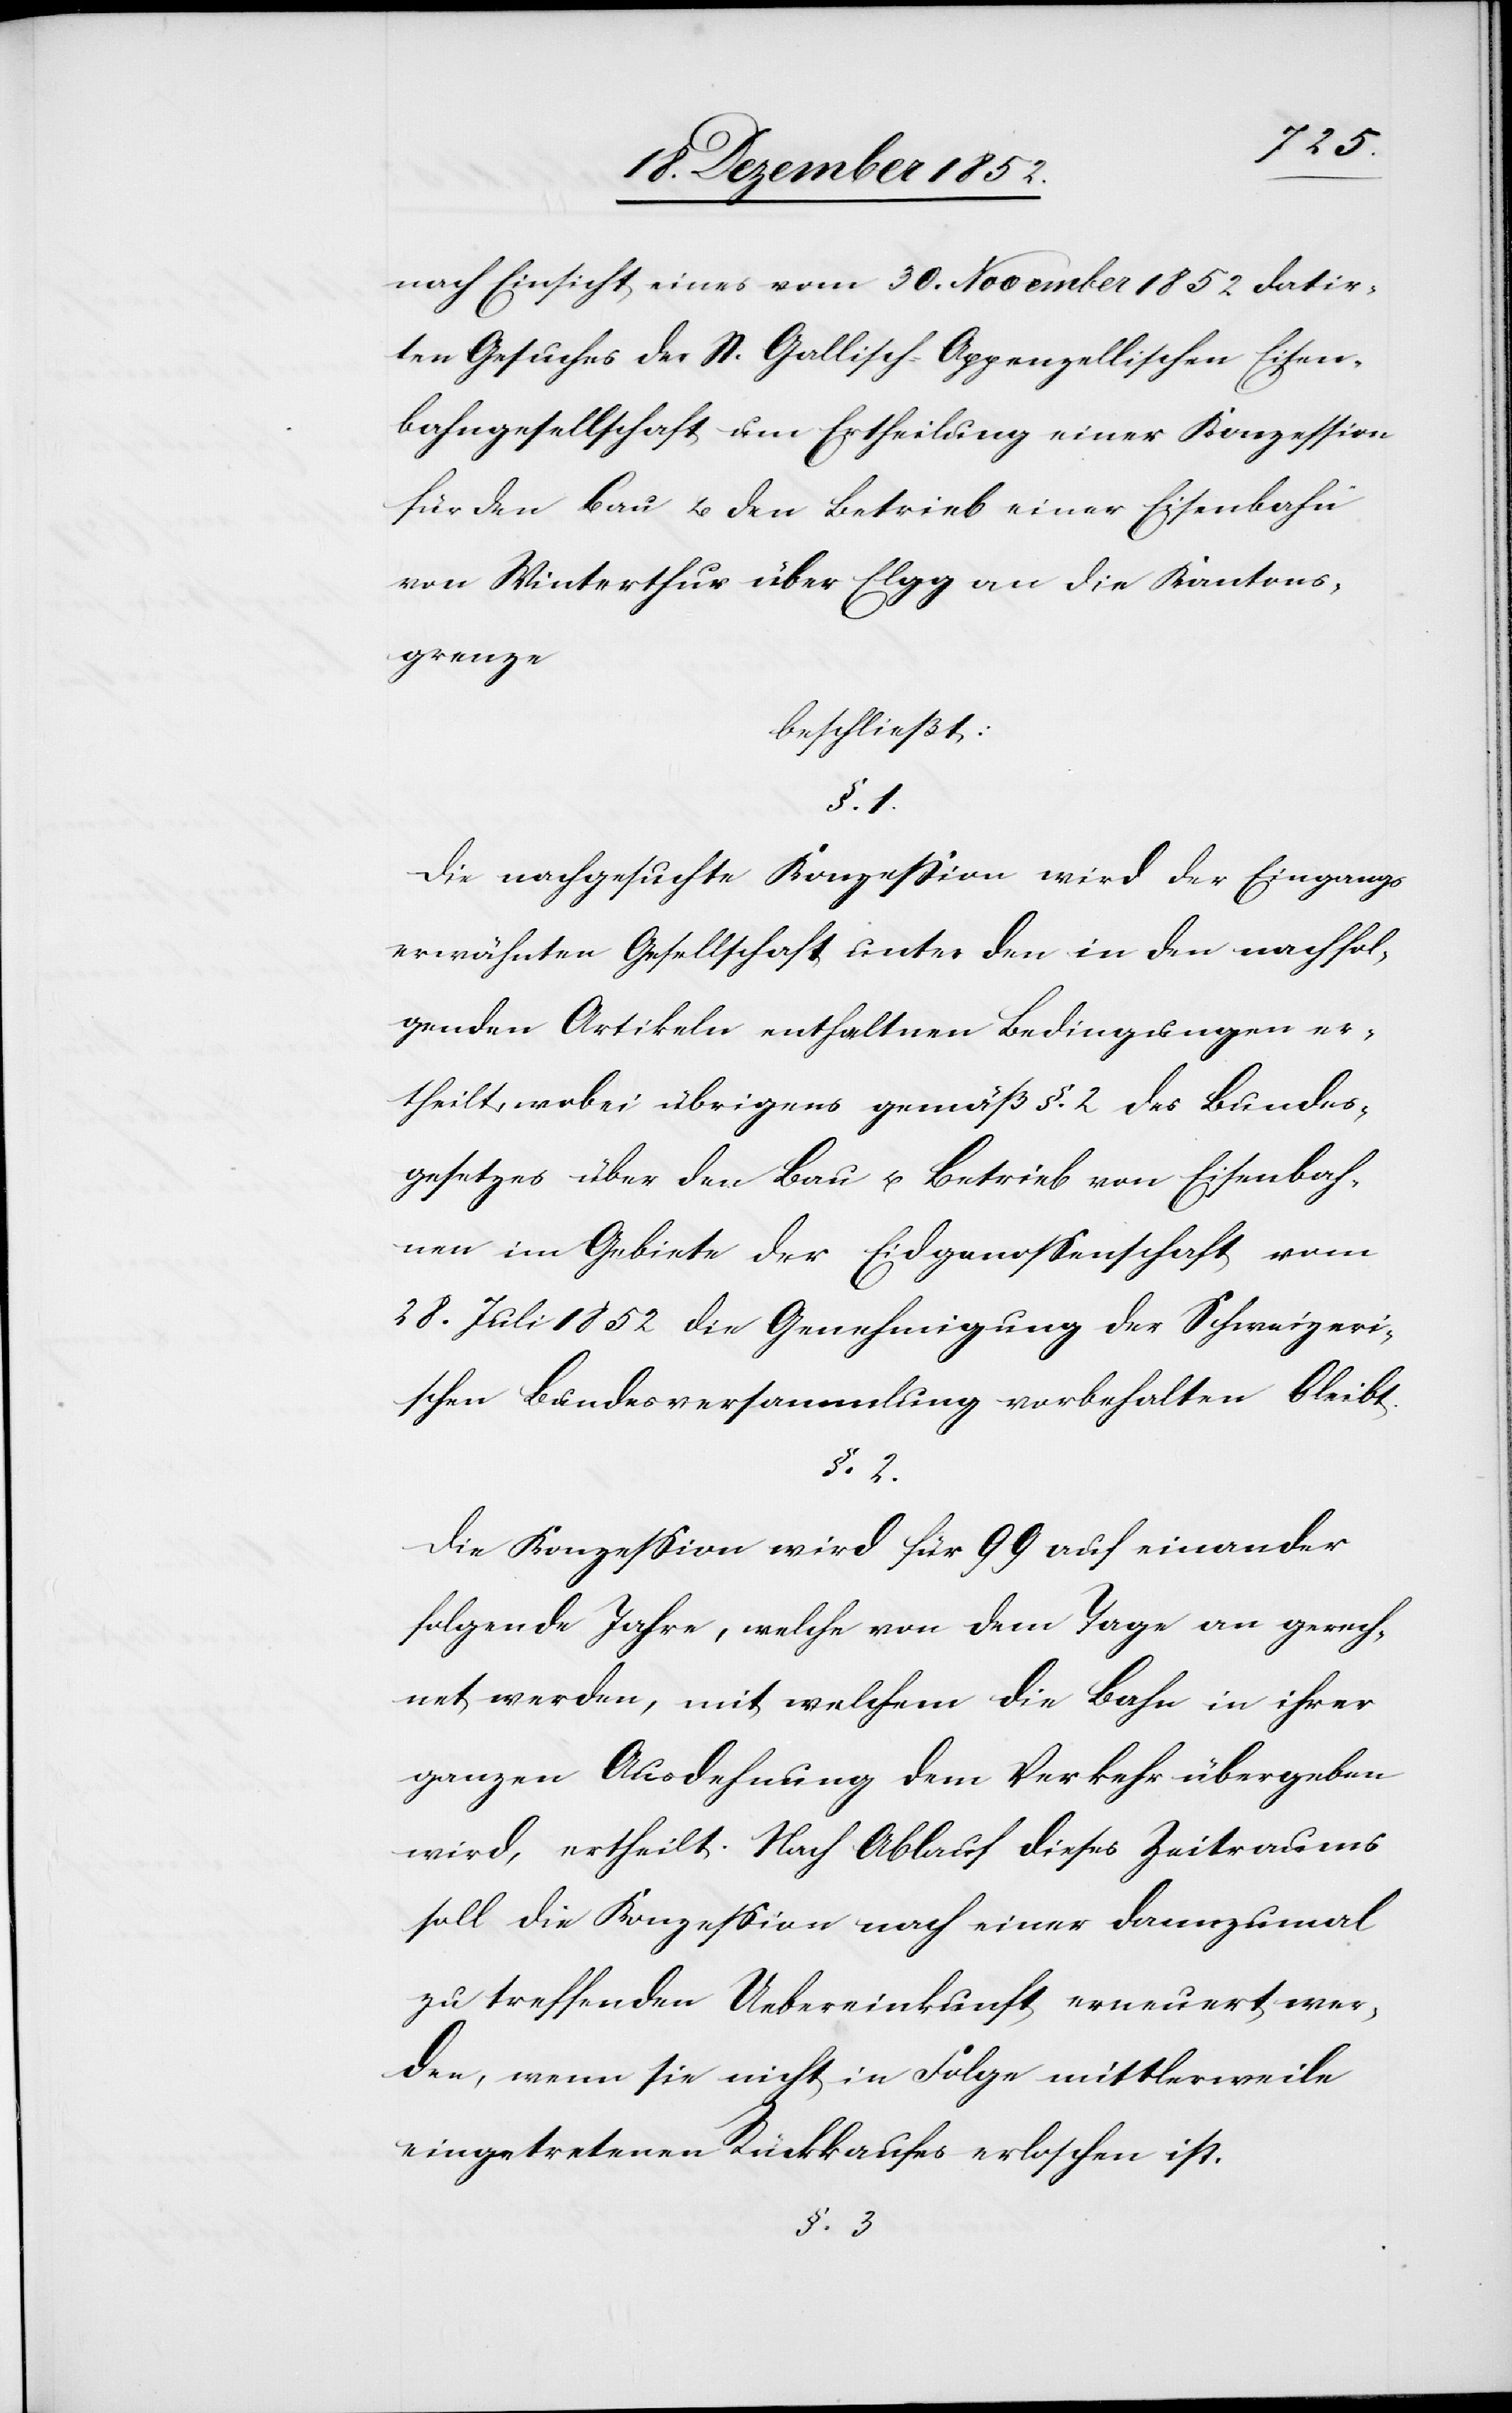
nach Einsicht eines vom 30. November 1852 datir¬
ten Gesuches der St. Gallisch-Appenzellischen Eisen¬
bahngesellschaft um Ertheilung einer Konzession
für den Bau u. den Betrieb einer Eisenbahn
von Winterthur über Elgg an die Kantons¬
grenze
beschließt:
§. 1.
Die nachgesuchte Konzession wird der Eingangs
erwähnten Gesellschaft unter den in den nachfol¬
genden Artikeln enthalt[e]nen Bedingungen er¬
theilt, wobei übrigens gemäß §. 2 des Bundes¬
gesetzes über den Bau u. Betrieb von Eisenbah¬
nen im Gebiete der Eidgenossenschaft vom
28. Juli 1852 die Genehmigung der Schweizeri¬
schen Bundesversammlung vorbehalten bleibt.
§. 2.
Die Konzession wird für 99 auf einander
folgende Jahre, welche von dem Tage an gerech¬
net werden, mit welchem die Bahn in ihrer
ganzen Ausdehnung dem Verkehr übergeben
wird, ertheilt. Nach Ablauf dieses Zeitraums
soll die Konzession nach einer dannzumal
zu treffenden Uebereinkunft erneuert wer¬
den, wenn sie nicht in Folge mittlerweile
eingetretenen Rückkaufes erloschen ist.
§. 3